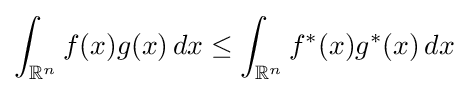
\int _{\mathbb {R} ^{n}}f(x)g(x)\,dx\leq \int _{\mathbb {R} ^{n}}f^{*}(x)g^{*}(x)\,dx